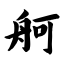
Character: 舸